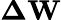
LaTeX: \mathbf{\Delta W}